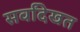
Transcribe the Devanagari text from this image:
सर्वांदेखत